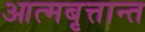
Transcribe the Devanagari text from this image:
आत्मबृत्तान्त